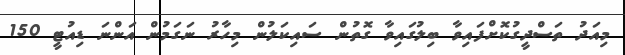
މިއަދު ތަސްދީގުކޮށްފައިވާ ބިލުގައިވާ ގޮތުން ސައިކަލުން މިހާރު ނަގަމުން އަންނަ ޑިއުޓީ 150